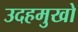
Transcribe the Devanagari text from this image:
उदहमुखो